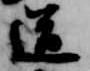
道